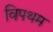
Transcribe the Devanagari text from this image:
विपथम